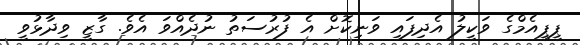
ޕީޕީއެމްގެ ވަކީލު އެދިފައި ވަނިކޮށް އެ ފުރުސަތު ނުދެއްވަ އެވެ. ގާޒީ ވިދާޅުވީ